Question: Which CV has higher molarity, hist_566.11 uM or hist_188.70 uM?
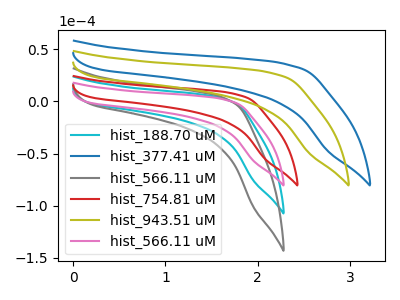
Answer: <think>The cyan curve "hist_188.70 uM" has no peaks. The blue curve "hist_377.41 uM" has no peaks. The gray curve "hist_566.11 uM" has no peaks. The red curve "hist_754.81 uM" has no peaks. The olive curve "hist_943.51 uM" has no peaks. The pink curve "hist_566.11 uM" has no peaks.
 Neither "hist_566.11 uM" or "hist_188.70 uM" have any peaks.</think>
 <answer>I cant tell if "hist_566.11 uM" or "hist_188.70 uM" has higher concentration.</answer>
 <eval>mixed_concentration</eval>